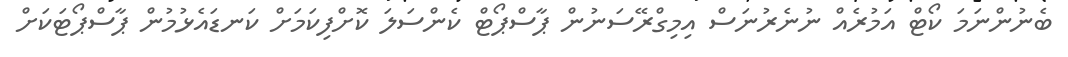
ބެނުންނަމަ ކޯޓް އަމުރެއް ނުނެރުނަސް އިމިގްރޭސަނުން ޕާސްޕޯޓް ކެންސަލަ ކޮށްފިކަމަށް ކަނޑައެޅުމުން ޕާސްޕޯޓަކަށް